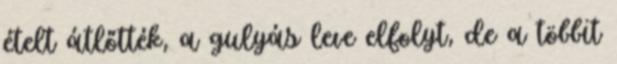
ételt átlőtték, a gulyás leve elfolyt, de a többit